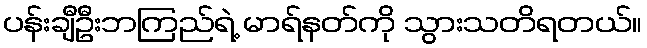
ပန်းချီဦးဘကြည်ရဲ့ မာရ်နတ်ကို သွားသတိရတယ်။